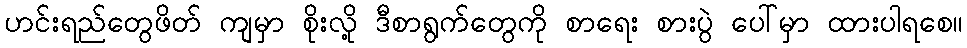
ဟင်းရည်တွေဖိတ် ကျမှာ စိုးလို့ ဒီစာရွက်တွေကို စာရေး စားပွဲ ပေါ်မှာ ထားပါရစေ။